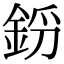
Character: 𨦝